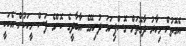
އެގޮތުން މިހާރު ދާގޮތަށް ގޮސްފިނަމަ ދުނިޔޭގެ އާބާދީގެ ކޮންމެ ފަސް މީހަކުން އެކަކީ